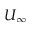
U _ { \infty }